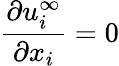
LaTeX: \frac{\partial u_{i}^{\infty}}{\partial x_{i}}=0